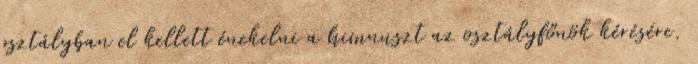
osztályban el kellett énekelni a himnuszt az osztályfőnök kérésére.